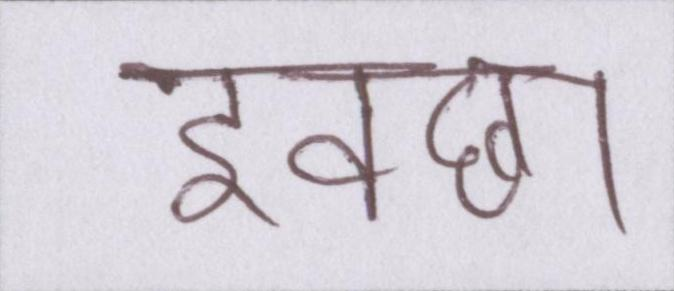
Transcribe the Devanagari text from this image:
इक्छा